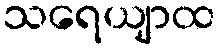
သရေယျာထ